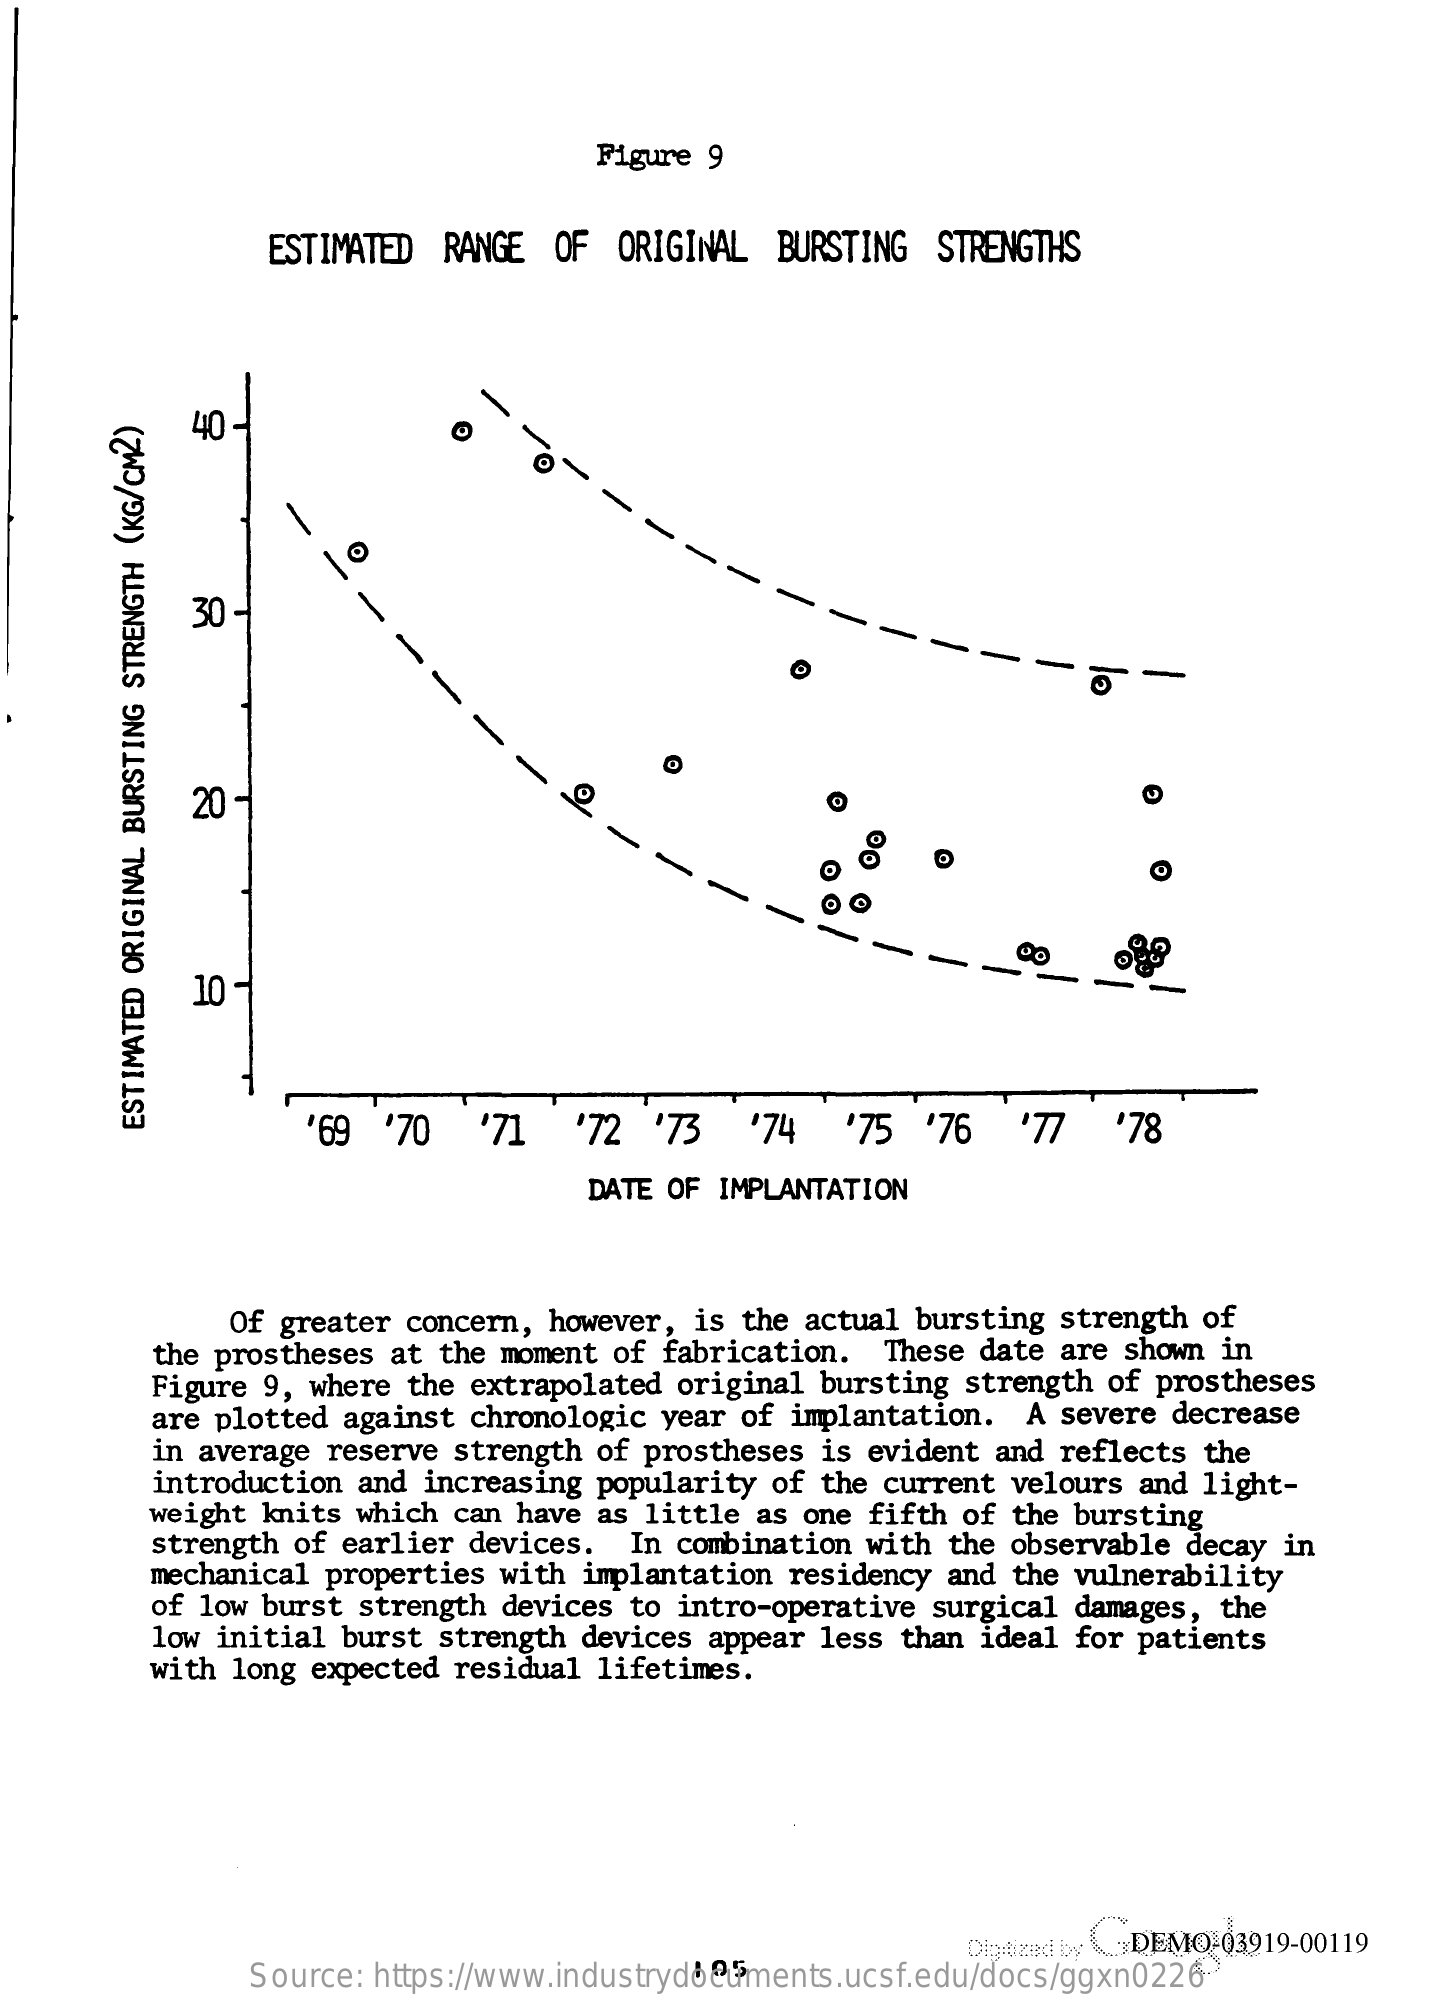
Figure 9
     ESTIMATED RANGE OF  ORIGINAL BURSTING STRENGTHS
     40-
     30
     -
     -
     20
     10-
     '69  '70  '71  '72  '73  '74   '75 '76   '77  '78
     ESTIMATED
     ORIGINAL
     BURSTING
     STRENGTH
     (KG/CM2)
     DATE OF IMPLANTATION
     Of greater concern, however, is the actual bursting strength of
     the prostheses at the moment of fabrication. These date are shown in
     Figure 9, where the extrapolated original bursting strength of prostheses
     are plotted against chronologic year of implantation. A severe decrease
     in average reserve strength of prostheses is evident and reflects the
     introduction and increasing popularity of the current velours and light-
     weight knits which can have as little as one fifth of the bursting
     strength of earlier devices. In combination with the observable decay in
     mechanical properties with implantation residency and the vulnerability
     of low burst strength devices to intro-operative surgical damages, the
     low initial burst strength devices appear less than ideal for patients
     with long expected residual lifetimes.
     Diaized by DEMO 03919-00119
     Source: https://www.industrydocuments.ucsf.edu/docs/ggxn0226 105